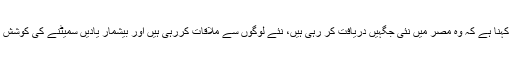
منال خان کا کہنا ہے کہ وہ مصر میں نئی جگہیں دریافت کر رہی ہیں، نئے لوگوں سے ملاقات کررہی ہیں اور بیشمار یادیں سمیٹنے کی کوشش کر رہی ہیں۔